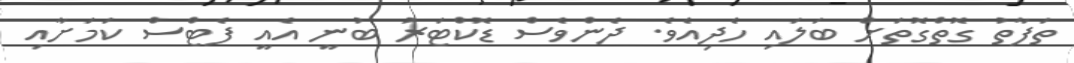
ތަފާތު ގޮތްގޮތަށް ބަލައި ހެދިއެވެ. ދެންވެސް ޑޮކްޓަރު ބުނީ އެއީ ފެޓްސް ކަމަށާއި